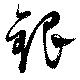
銀